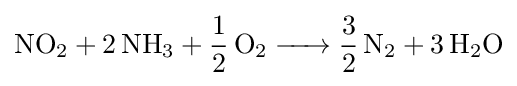
{\ce {NO2 + 2 NH3 + 1/2 O2 -> 3/2 N2 + 3 H2O}}